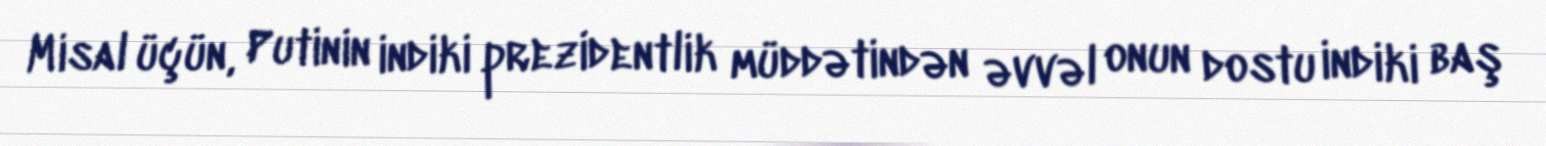
Misal üçün, Putinin indiki prezidentlik müddətindən əvvəl onun dostu indiki baş